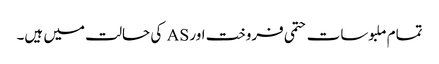
تمام ملبوسات حتمی فروخت اور AS کی حالت میں ہیں۔